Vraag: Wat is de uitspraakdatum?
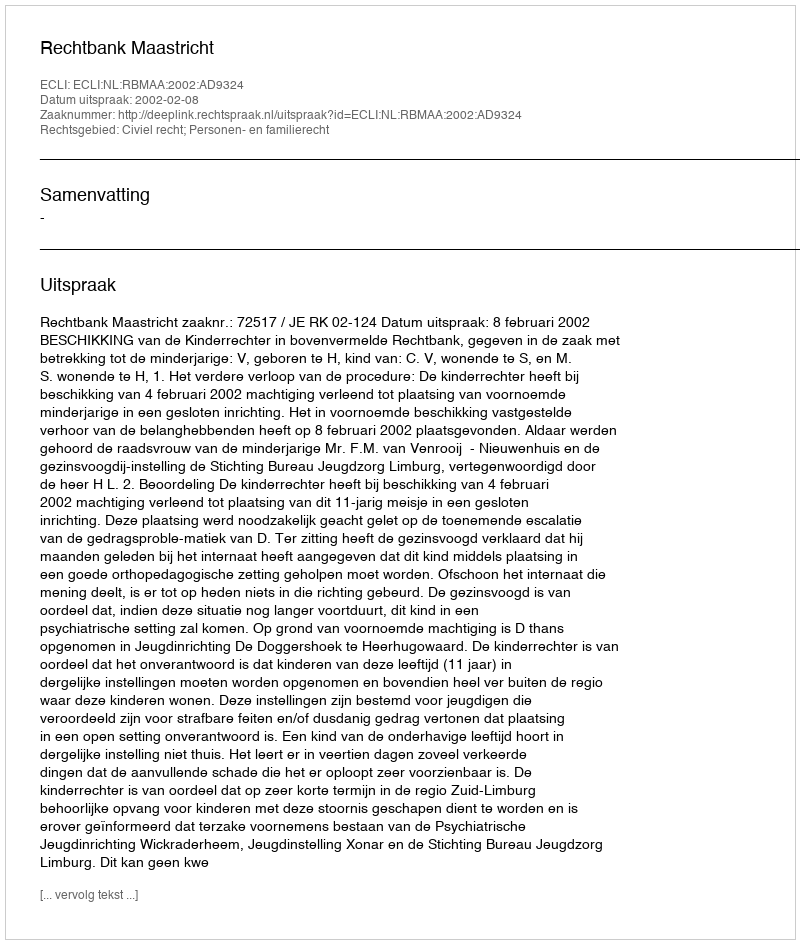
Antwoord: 2002-02-08